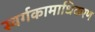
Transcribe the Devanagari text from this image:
स्वर्गकामाधिकरण